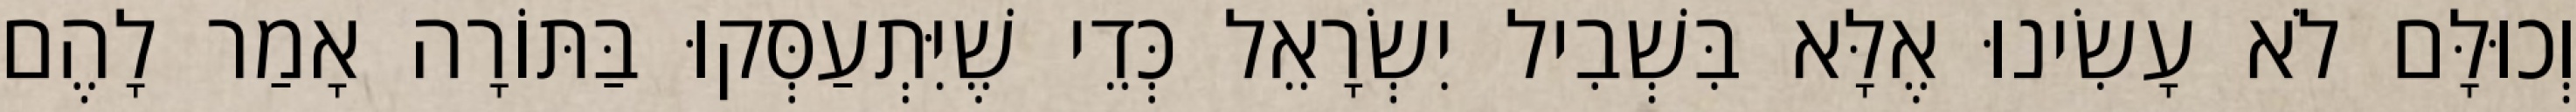
וְכוּלָּם לֹא עָשִׂינוּ אֶלָּא בִּשְׁבִיל יִשְׂרָאֵל כְּדֵי שֶׁיִּתְעַסְּקוּ בַּתּוֹרָה אָמַר לָהֶם